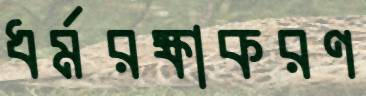
ধর্মরক্ষাকরণ